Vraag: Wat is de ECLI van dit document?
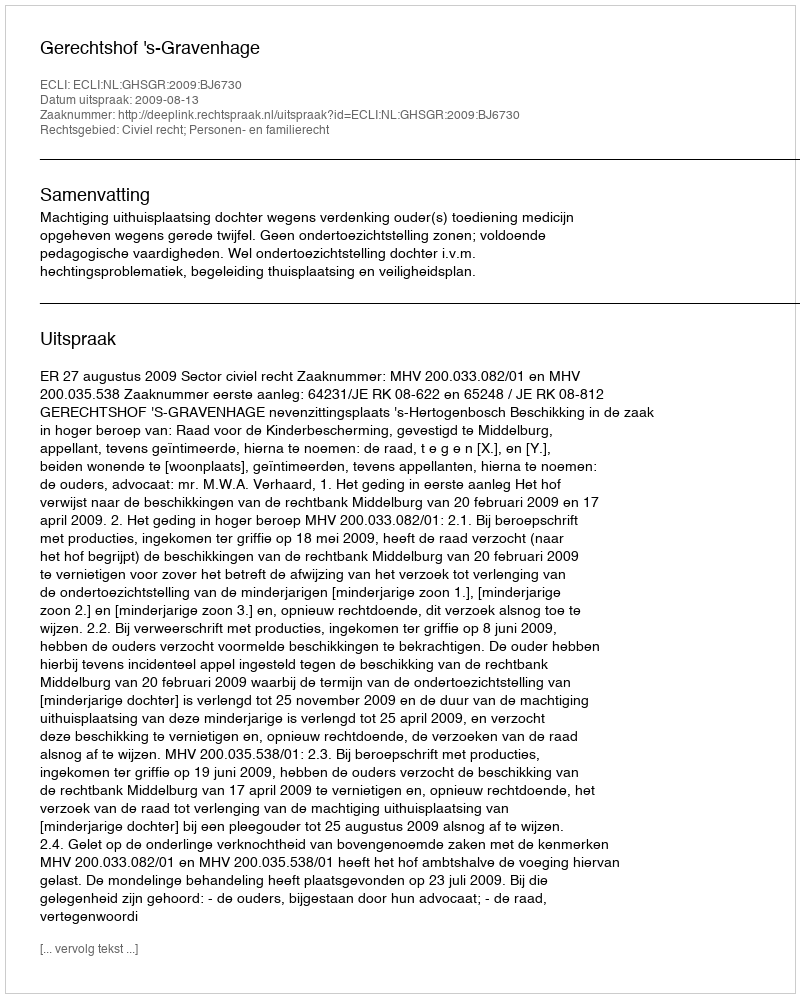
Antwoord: ECLI:NL:GHSGR:2009:BJ6730